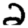
Digit: 2